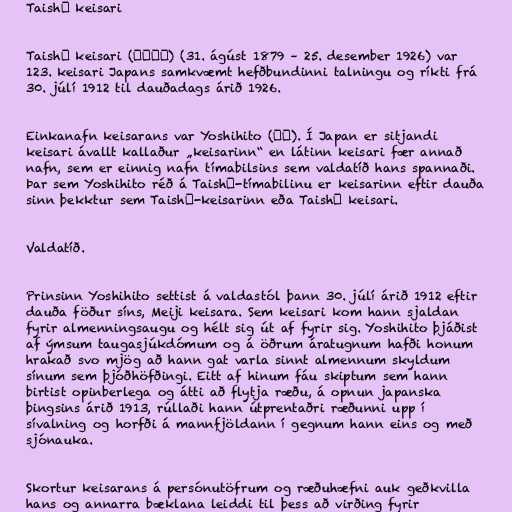
Taishō keisari

Taishō keisari (大正天皇) (31. ágúst 1879 – 25. desember 1926) var
123. keisari Japans samkvæmt hefðbundinni talningu og ríkti frá
30. júlí 1912 til dauðadags árið 1926.

Einkanafn keisarans var Yoshihito (嘉仁). Í Japan er sitjandi
keisari ávallt kallaður „keisarinn“ en látinn keisari fær annað
nafn, sem er einnig nafn tímabilsins sem valdatíð hans spannaði.
Þar sem Yoshihito réð á Taishō-tímabilinu er keisarinn eftir dauða
sinn þekktur sem Taishō-keisarinn eða Taishō keisari.

Valdatíð.

Prinsinn Yoshihito settist á valdastól þann 30. júlí árið 1912 eftir
dauða föður síns, Meiji keisara. Sem keisari kom hann sjaldan
fyrir almenningsaugu og hélt sig út af fyrir sig. Yoshihito þjáðist
af ýmsum taugasjúkdómum og á öðrum áratugnum hafði honum
hrakað svo mjög að hann gat varla sinnt almennum skyldum
sínum sem þjóðhöfðingi. Eitt af hinum fáu skiptum sem hann
birtist opinberlega og átti að flytja ræðu, á opnun japanska
þingsins árið 1913, rúllaði hann útprentaðri ræðunni upp í
sívalning og horfði á mannfjöldann í gegnum hann eins og með
sjónauka.

Skortur keisarans á persónutöfrum og ræðuhæfni auk geðkvilla
hans og annarra bæklana leiddi til þess að virðing fyrir